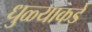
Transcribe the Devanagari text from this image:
धुळ्याकडे